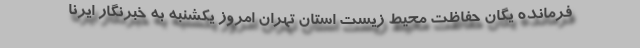
فرمانده یگان حفاظت محیط زیست استان تهران امروز یکشنبه به خبرنگار ایرنا